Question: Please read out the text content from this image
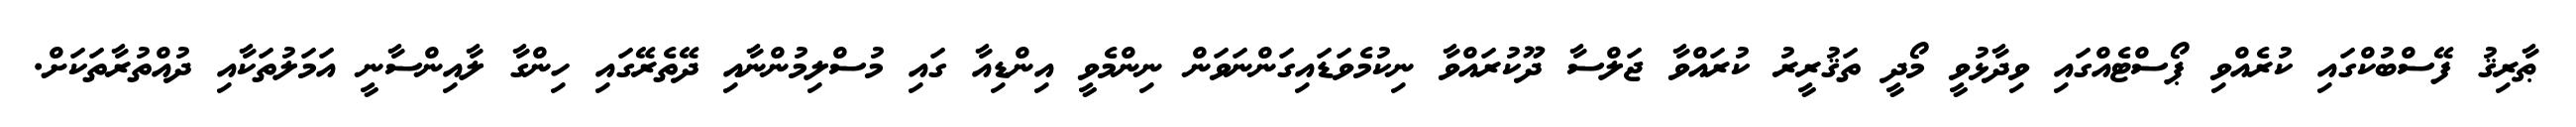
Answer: ޠާރިޤު ފޭސްބުކްގައި ކުރެއްވި ޕޯސްޓެއްގައި ވިދާޅުވީ މޯދީ ތަޤުރީރު ކުރައްވާ ޖަލްސާ ދޫކުރައްވާ ނިކުމެވަޑައިގަންނަވަން ނިންމެވީ އިންޑިއާ ގައި މުސްލިމުންނާއި ދޭތެރޭގައި ހިންގާ ލާއިންސާނީ އަމަލުތަކާއި ދުއްތުރާތަކަށް.